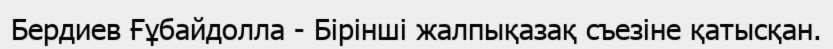
Бердиев Ғұбайдолла - Бірінші жалпықазақ съезіне қатысқан.